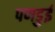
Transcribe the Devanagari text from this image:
पणडुई